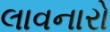
લાવનારો